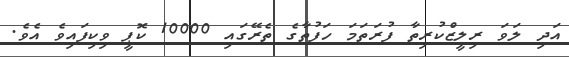
އަދި ލަވަ ރިލީޒްކުރިތާ ފުރަތަމަ ހަފުތާގެ ތެރޭގައި 10000 ކޮޕީ ވިކިފައިވެ އެވެ.